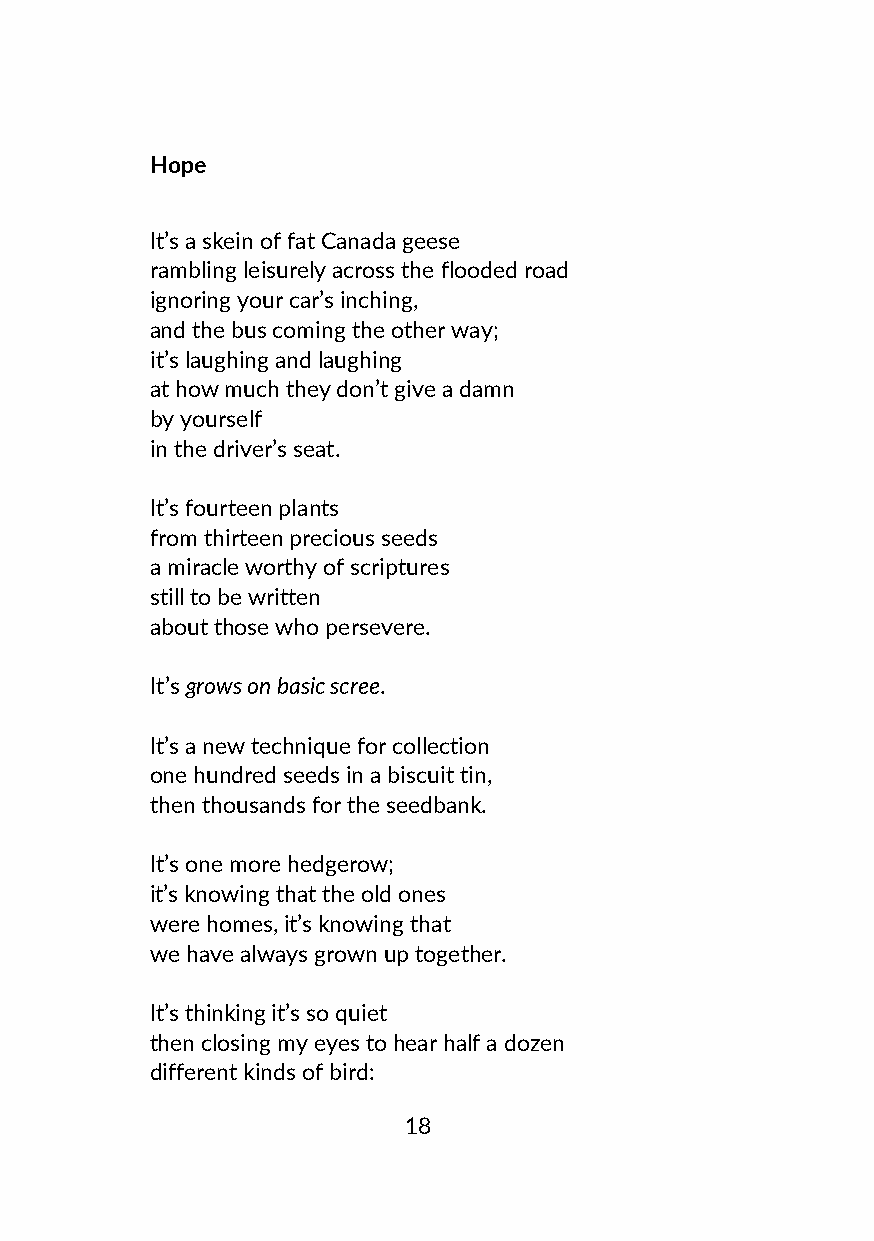
Hope
 It’s a skein of fat Canada geese
 rambling leisurely across the flooded road
 ignoring your car’s inching,
 and the bus coming the other way;
 it’s laughing and laughing
 at how much they don’t give a damn
 by yourself
 in the driver’s seat.
 It’s fourteen plants
 from thirteen precious seeds
 a miracle worthy of scriptures
 still to be written
 about those who persevere.
 It’s grows on basic scree.
 It’s a new technique for collection
 one hundred seeds in a biscuit tin,
 then thousands for the seedbank.
 It’s one more hedgerow;
 it’s knowing that the old ones
 were homes, it’s knowing that
 we have always grown up together.
 It’s thinking it’s so quiet
 then closing my eyes to hear half a dozen
 different kinds of bird:
 18